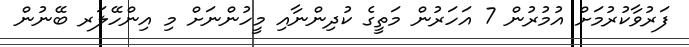
ފަރުވާކުރުމަށް އުމުރުން 7 އަހަރުން މަތީގެ ކުދިންނާއި މީހުންނަށް މި އިންހޭލަރ ބޭނުން